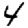
Digit: 4